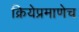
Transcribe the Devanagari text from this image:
क्रियेप्रमाणेच